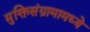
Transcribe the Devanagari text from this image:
मुक्तिसंग्रामामध्ये